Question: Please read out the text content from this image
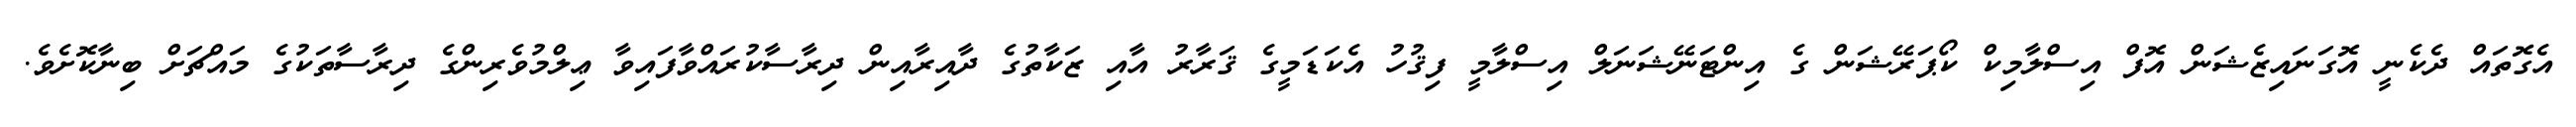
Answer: އެގޮތައް ދެކެނީ އޮގަނައިޒެޝަން އޮފް އިސްލާމިކް ކޯޕަރޭޝަން ގެ އިންޓަނޭޝަނަލް އިސްލާމީ ފިޤުހު އެކަޑަމީގެ ޤަރާރު އާއި ޒަކާތުގެ ދާއިރާއިން ދިރާސާކުރައްވާފައިވާ ޢިލްމުވެރިންގެ ދިރާސާތަކުގެ މައްޗަށް ބިނާކޮށެވެ.